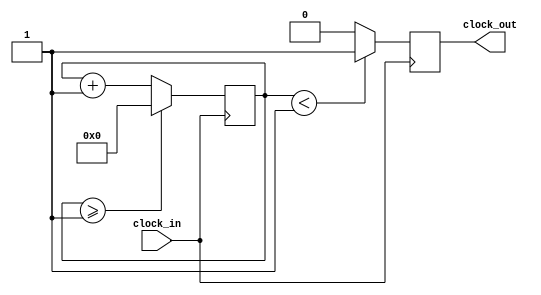
`timescale 1ns / 1ps
//////////////////////////////////////////////////////////////////////////////////
// Company: 
// Engineer: 
// 
// Design Name: 
// Module Name: Clock_divider
// Project Name: 
// Target Devices: 
// Tool Versions: 
// Description: 
// 
// Dependencies: 
// 
// Revision:
// Revision 0.01 - File Created
// Additional Comments:
// 
//////////////////////////////////////////////////////////////////////////////////



module Clock_divider(clock_in,clock_out
    );
input clock_in; // input clock on FPGA
output reg clock_out; // output clock after dividing the input clock by divisor
reg[27:0] counter=28'd0;
parameter DIVISOR = 28'd2;
// The frequency of the output clk_out
//  = The frequency of the input clk_in divided by DIVISOR
// For example: Fclk_in = 50Mhz, if you want to get 1Hz signal to blink LEDs
// You will modify the DIVISOR parameter value to 28'd50.000.000
// Then the frequency of the output clk_out = 50Mhz/50.000.000 = 1Hz
always @(posedge clock_in)
begin
 counter <= counter + 28'd1;
 if(counter>=(DIVISOR-1))
  counter <= 28'd0;
 clock_out <= (counter<DIVISOR/2)?1'b1:1'b0;
end
endmodule